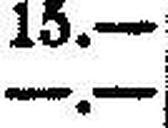
—.—